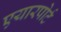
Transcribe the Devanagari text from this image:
एयारपोर्ट